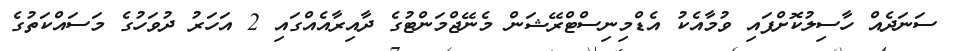
ސަނަދެއް ހާސިލުކޮށްފައި ވުމާއެކު އެޑްމިނިސްޓްރޭޝަން މެނޭޖްމަންޓުގެ ދާއިރާއެއްގައި 2 އަހަރު ދުވަހުގެ މަސައްކަތުގެ